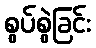
စွပ်စွဲခြင်း